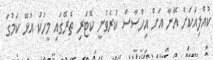
ކުއްލިއަކަށް އޭނާ އަށް އިހްސާސް ކުރެވެނީ ކޮޓަރި ތެރޭގައި މީހަކު އުޅޭ ކަމުގަ